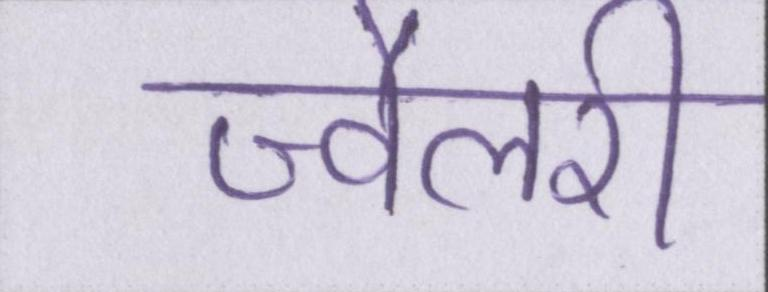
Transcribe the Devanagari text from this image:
ज्वैलरी